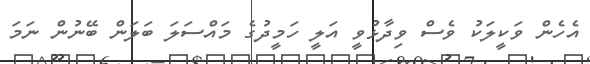
އެހެން ވަކީލަކު ވެސް ވިދާޅުވީ އަލީ ހަމީދުގެ މައްސަލަ ބަލަން ބޭނުން ނަމަ